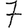
Digit: 7